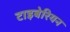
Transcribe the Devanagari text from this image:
टाइबेरियन